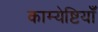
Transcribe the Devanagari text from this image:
काम्येष्टियाँ